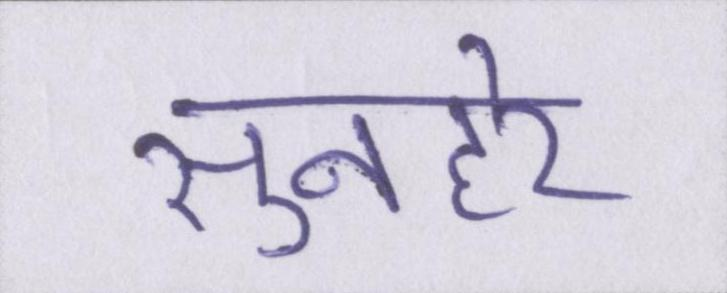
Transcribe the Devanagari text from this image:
सुनहरे